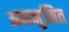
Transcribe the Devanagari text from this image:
अननुमित